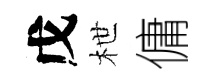
戊枻傭